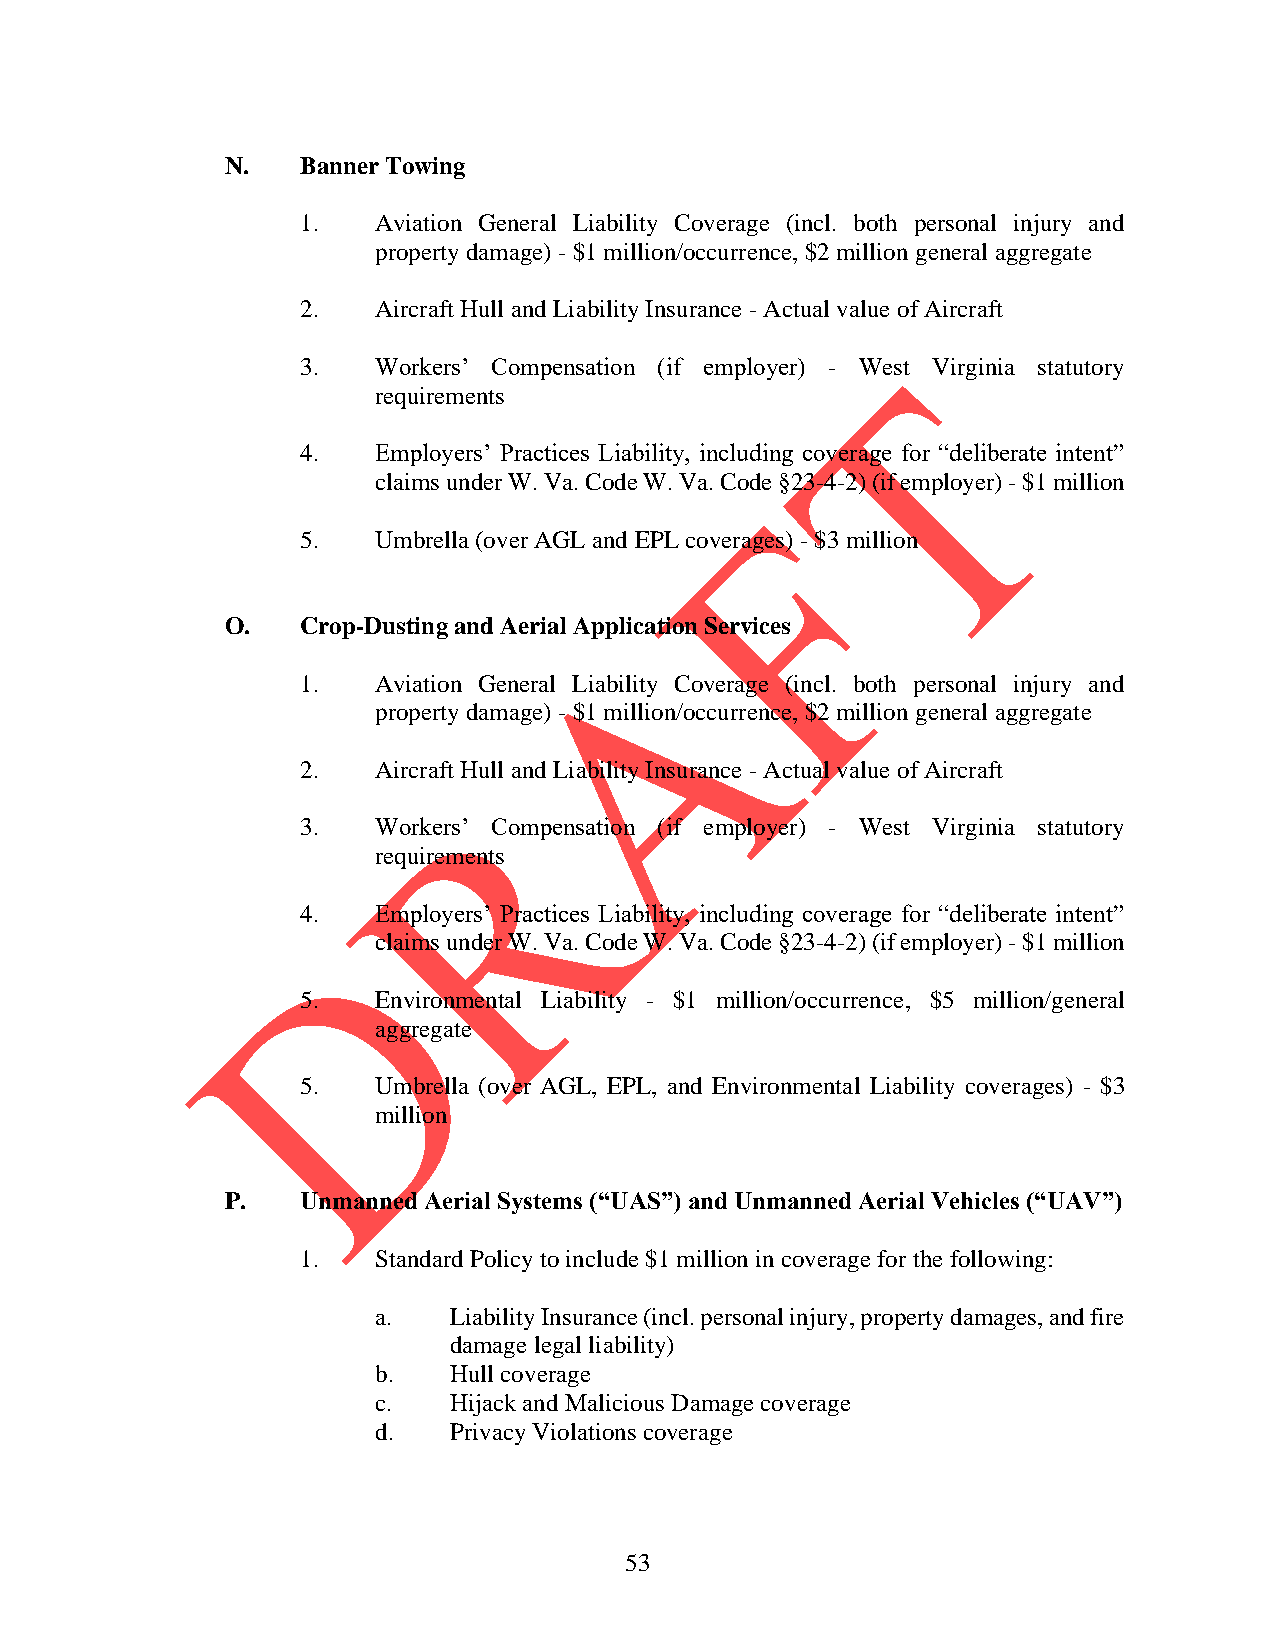
N.   Banner Towing
 1.   Aviation General Liability Coverage (incl. both personal injury and
 property damage) - $1 million/occurrence, $2 million general aggregate
 2.   Aircraft Hull and Liability Insurance - Actual value of Aircraft
 3.   Workers’ Compensation (if employer) - West Virginia statutory
 requirements
 4.   Employers’ Practices Liability, including coverage for “deliberate intent”
 claims under W. Va. Code W. Va. Code §23-4-2) (if employer) - $1 million
 5.   Umbrella (over AGL and EPL coverages) - $3 million
 O.   Crop-Dusting and Aerial Application Services
 1.   Aviation General Liability Coverage (incl. both personal injury and
 property damage) - $1 million/occurrence, $2 million general aggregate
 2.   Aircraft Hull and Liability Insurance - Actual value of Aircraft
 3.   Workers’ Compensation (if employer) - West Virginia statutory
 requirements
 4.   Employers’ Practices Liability, including coverage for “deliberate intent”
 claims under W. Va. Code W. Va. Code §23-4-2) (if employer) - $1 million
 5.   Environmental Liability - $1 million/occurrence, $5 million/general
 aggregate
 5.   Umbrella (over AGL, EPL, and Environmental Liability coverages) - $3
 million
 P.   Unmanned Aerial Systems (“UAS”) and Unmanned Aerial Vehicles (“UAV”)
 1.   Standard Policy to include $1 million in coverage for the following:
 a.   Liability Insurance (incl. personal injury, property damages, and fire
 damage legal liability)
 b.   Hull coverage
 c.   Hijack and Malicious Damage coverage
 d.   Privacy Violations coverage
 53